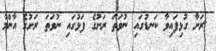
ރަށާ ގުޅިފައިވާ ކަނޑުގައި ނުވަތަ ރަށުގެ ފަޅުގައި ނުވަތަ ރަށުގެ އާންމު